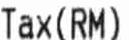
TAX (RM)